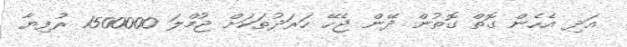
އަދި އެހެން ގޮތް ގޮތުން ދޭން ޖެހޭ ހަރަދުތަކަށް ޖުމްލަ 1500000 ރުފިޔާ